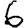
Digit: 6